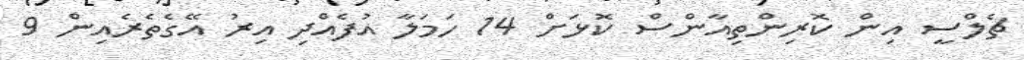
ޗެލްސީ އިން ކޮރިންތިއާންސް ކޮޅަށް 14 ހަމަލާ އުފެއްދި އިރު އޭގެތެރެއިން 9